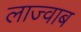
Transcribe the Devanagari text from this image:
लाज्वाब